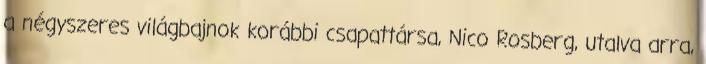
a négyszeres világbajnok korábbi csapattársa, Nico Rosberg, utalva arra,